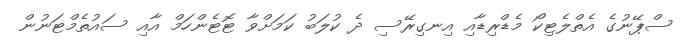
ސްޕޭނުގެ އެތްލެޓިކޯ މެޑްރިޑާއި އިނގިރޭސި ދެ ކުލަބު ކަމަށްވާ ޓޮޓެންހަމް އާއި ސައުތެމްޓަނުން